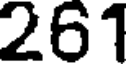
261